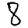
Digit: 8